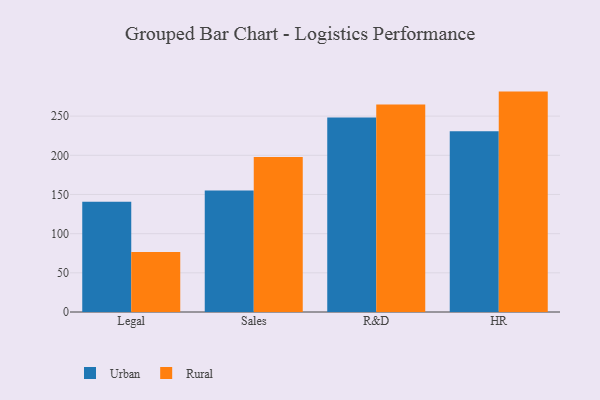
{"axis": {"x": "Department", "y": "Humidity (%)"}, "legend": ["Rural", "Urban"], "data": [{"x": "Legal", "y": 140.6, "type": "Urban"}, {"x": "Legal", "y": 76.7, "type": "Rural"}, {"x": "Sales", "y": 155.2, "type": "Urban"}, {"x": "Sales", "y": 197.7, "type": "Rural"}, {"x": "R&D", "y": 248.3, "type": "Urban"}, {"x": "R&D", "y": 264.8, "type": "Rural"}, {"x": "HR", "y": 230.8, "type": "Urban"}, {"x": "HR", "y": 281.3, "type": "Rural"}]}